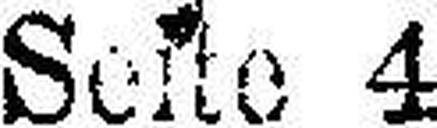
Seite 4